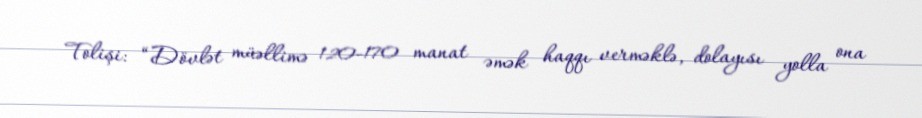
Tolişi: “Dövlət müəllimə 120-170 manat əmək haqqı verməklə, dolayısı yolla ona